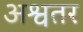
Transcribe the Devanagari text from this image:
अश्वतर